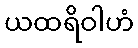
ယထရိဝါဟံ